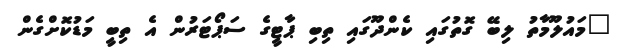
"މައުލޫމާތު ލިބޭ ގޮތުގައި ކެންދޫގައި ތިބި ޕާޓީގެ ސަޕޯޓަރުން އެ ތިބީ މަޑުކޮށްގެން